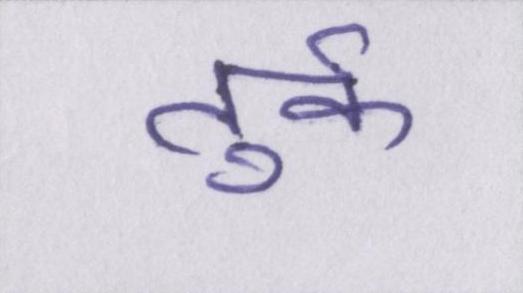
तुर्क